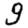
Digit: 9